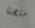
منحنا